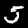
Label: 5